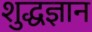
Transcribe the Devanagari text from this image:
शुद्धज्ञान